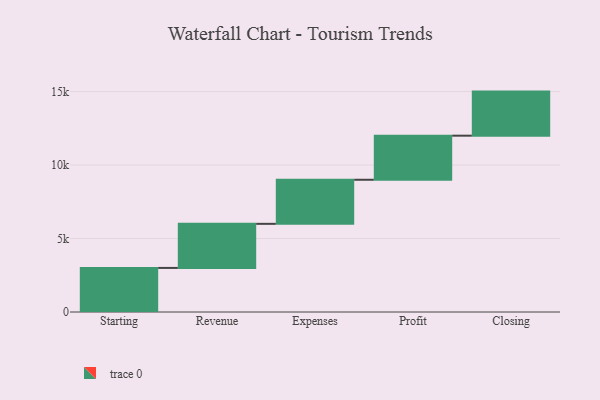
{"axis": {"x": "Step", "y": "Value"}, "legend": [""], "data": [{"x": "Starting", "y": 3000, "type": ""}, {"x": "Revenue", "y": 3000, "type": ""}, {"x": "Expenses", "y": 3000, "type": ""}, {"x": "Profit", "y": 3000, "type": ""}, {"x": "Closing", "y": 3000, "type": ""}]}